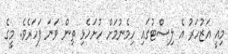
މިއީ އަޒުހަރު އެ ލިސްޓުގައި ހިމެނުމަށް ހުށަހެޅި ތިން ވަނަ ފަހަރެވެ. މީގެ